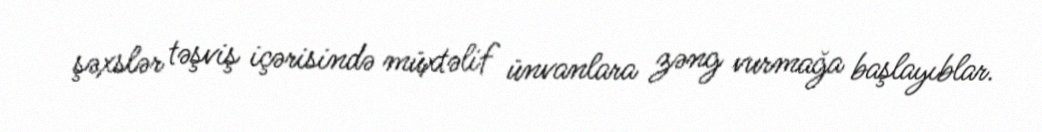
şəxslər təşviş içərisində müxtəlif ünvanlara zəng vurmağa başlayıblar.